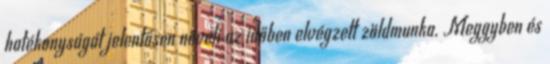
hatékonyságát jelentősen növeli az időben elvégzett zöldmunka. Meggyben és